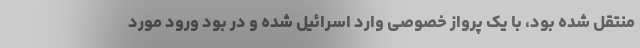
منتقل شده بود، با یک پرواز خصوصی وارد اسرائیل شده و در بود ورود مورد